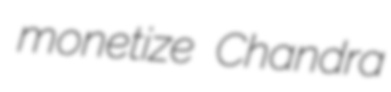
monetize Chandra